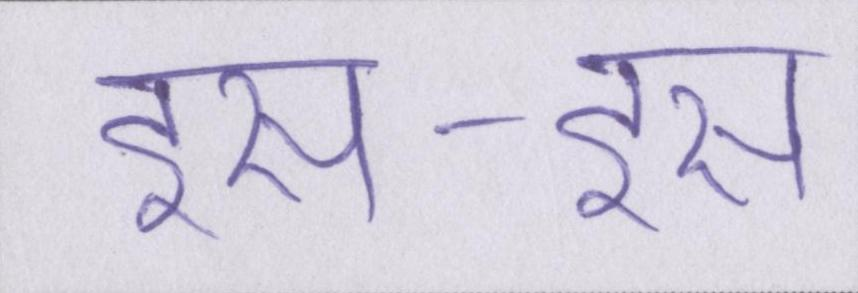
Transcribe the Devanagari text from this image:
इस-इस